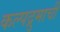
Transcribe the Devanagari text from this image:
कल्पद्रुमाची